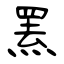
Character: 罴